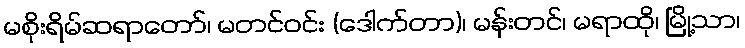
မစိုးရိမ်ဆရာတော်၊ မတင်ဝင်း (ဒေါက်တာ)၊ မန်းတင်၊ မရာထို၊ မြို့သာ၊